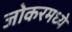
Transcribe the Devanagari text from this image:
जोकरमध्ये